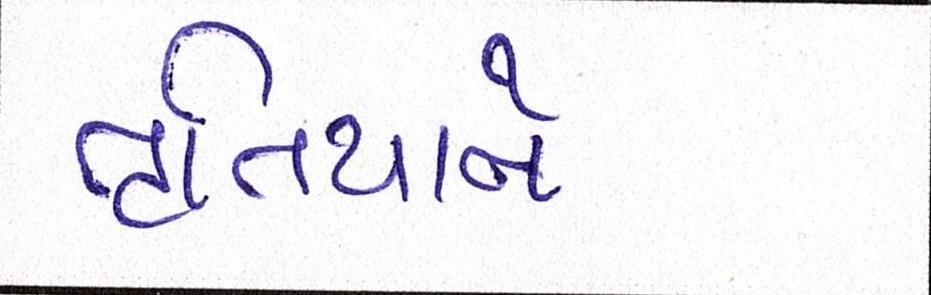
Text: તૃતિયાને